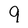
Character: 9